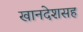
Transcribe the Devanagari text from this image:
खानदेशसह